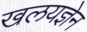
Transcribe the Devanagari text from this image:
खलयज्ञेन